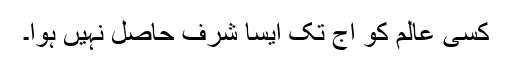
کسی عالم کو آج تک ایسا شرف حاصل نہیں ہؤا۔